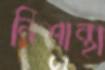
নিশান্থা